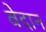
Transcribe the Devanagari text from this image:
वेदान